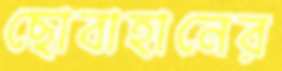
ছোবাহানের